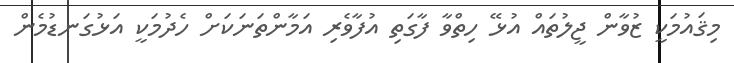
މިޤައުމަކީ ޒުވާން ޖީލުތައް އުޅޭ ހިތްވާ ފާގަތި އުފާވެރި އަމާންތަނަކަށް ހެދުމަކީ އަޅުގަނޑުމެން